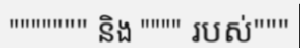
""""""" និង """" របស់"""